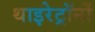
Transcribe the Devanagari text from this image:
थाइरेट्रॉनों